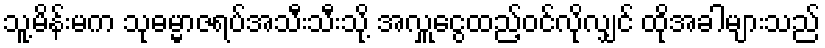
သူ့မိန်းမက သုဓမ္မာဇရပ်အသီးသီးသို့ အလှူငွေထည့်ဝင်လိုလျှင် ထိုအခါများသည်